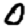
Digit: 0